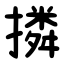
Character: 撛